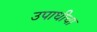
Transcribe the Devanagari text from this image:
उपाधीचा